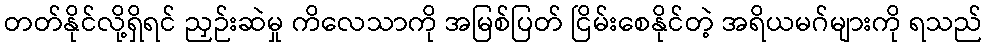
တတ်နိုင်လို့ရှိရင် ညှဉ်းဆဲမှု ကိလေသာကို အမြစ်ပြတ် ငြိမ်းစေနိုင်တဲ့ အရိယမဂ်များကို ရသည်